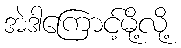
အဲဒါကြောင့်မို့လို့